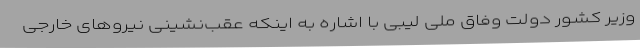
وزیر کشور دولت وفاق ملی لیبی با اشاره به اینکه عقب‌نشینی نیروهای خارجی